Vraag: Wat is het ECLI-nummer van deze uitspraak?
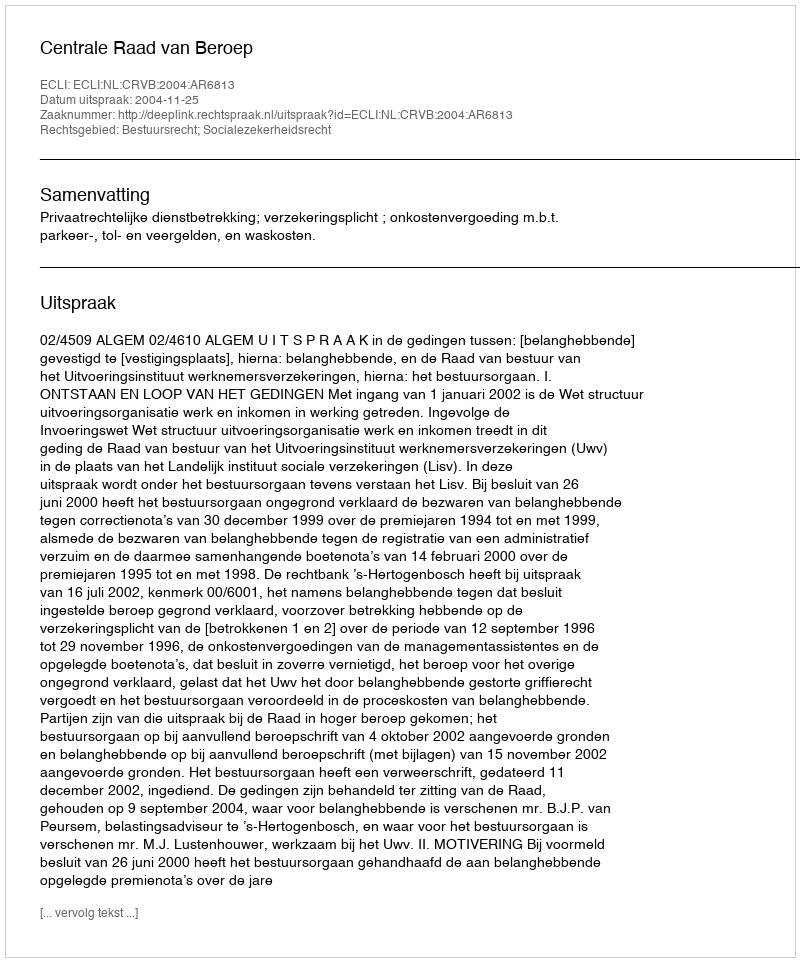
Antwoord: ECLI:NL:CRVB:2004:AR6813